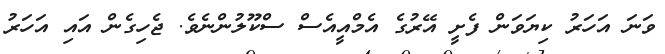
ވަނަ އަހަރު ކިޔަވަން ފެށީ އޭރުގެ އެމްއީއެސް ސްކޫލުންނެވެ. ޖެހިގެން އައި އަހަރު